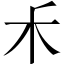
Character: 𥝌